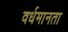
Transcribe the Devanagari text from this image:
वर्धमानता